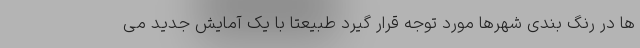
ها در رنگ بندی شهرها مورد توجه قرار گیرد طبیعتا با یک آمایش جدید می